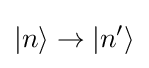
\vert n\rangle \rightarrow \vert n^{\prime }\rangle